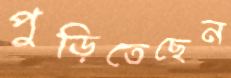
পুড়িতেছেন